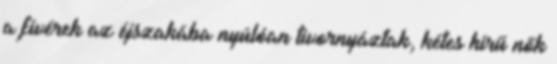
a fivérek az éjszakába nyúlóan tivornyáztak, kétes hírű nők